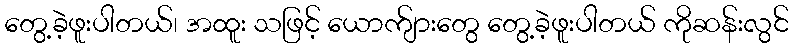
တွေ့ခဲ့ဖူးပါတယ်၊ အထူး သဖြင့် ယောက်ျားတွေ တွေ့ခဲ့ဖူးပါတယ် ကိုဆန်းလွင်